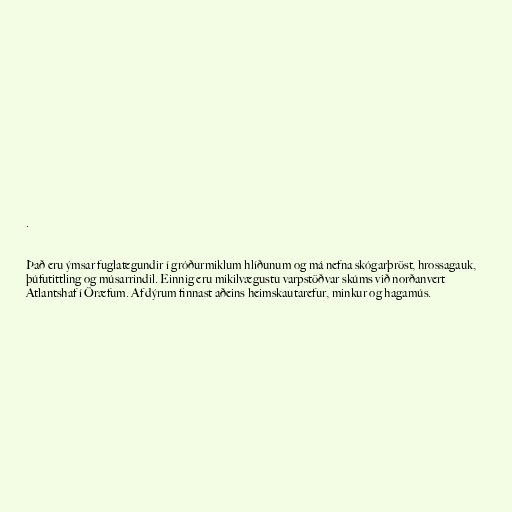
.

Það eru ýmsar fuglategundir í gróðurmiklum hlíðunum og má nefna skógarþröst, hrossagauk,
þúfutittling og músarrindil. Einnig eru mikilvægustu varpstöðvar skúms við norðanvert
Atlantshaf í Öræfum. Af dýrum finnast aðeins heimskautarefur, minkur og hagamús.